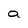
Character: a